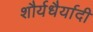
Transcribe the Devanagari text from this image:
शौर्यधैर्यादी